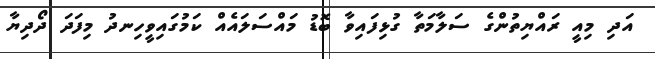
އަދި މިއީ ރައްޔިތުންގެ ސަލާމަތާ ގުޅިފައިވާ ބޮޑު މައްސަލައެއް ކަމުގައިވީހިނދު މިފަދަ ދޯދިޔާ